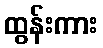
ထွန်းကား